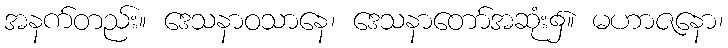
အနက်တည်း။ ဒေသနာဝသာနေ၊ ဒေသနာတော်အဆုံး၌။ မဟာဇနော၊